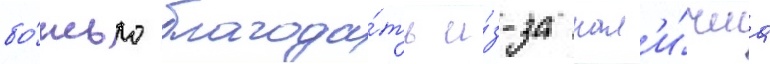
бо́жью благода́ть и́з-за нал'и́чиа